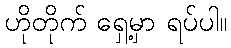
ဟိုတိုက် ရှေ့မှာ ရပ်ပါ။